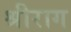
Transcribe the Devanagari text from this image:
श्रीराग